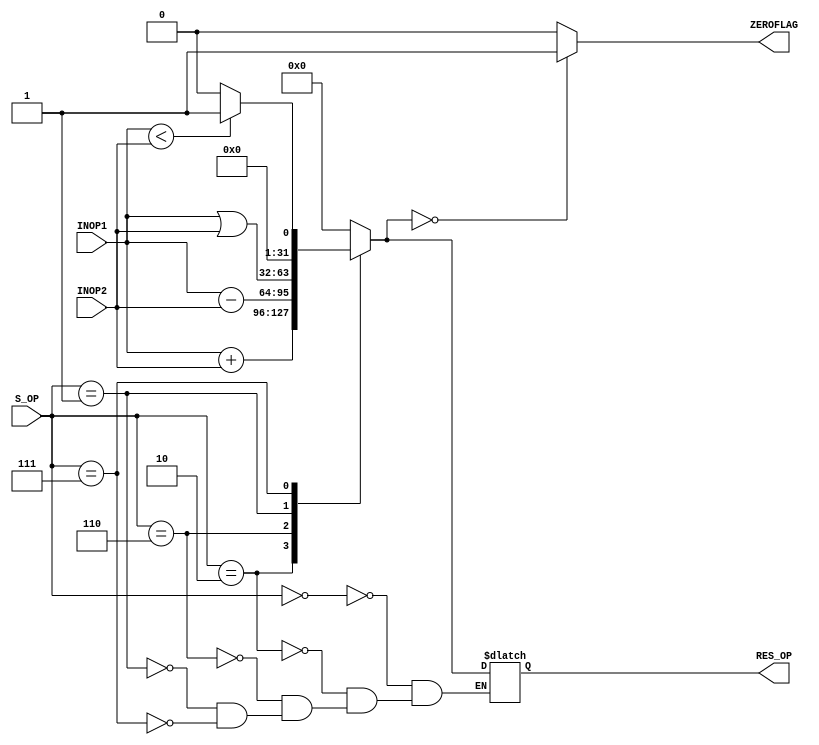
`timescale 1ns/1ns

module ALU (
	input [31:0]INOP1,
	input [31:0]INOP2,
	input [2:0]S_OP,
	output reg [31:0]RES_OP,
	output reg ZEROFLAG
);
always @*
begin
	case (S_OP)
		//NOp
		3'b000:
		begin
			RES_OP = 32'd0;
		end
		//add
		3'b010:
		begin
			RES_OP = INOP1 + INOP2;
		end
		//sub
		3'b110:
		begin
			RES_OP = INOP1 - INOP2;
		end
		/*8'b00100000:
		begin
			RES_OP = INOP1 * INOP2;
		end
		8'b00010000:
		begin
			RES_OP = INOP1/INOP2;
		end*/
		//and
		3'b000:
		begin
			RES_OP = INOP1 & INOP2;
		end
		//or
		3'b001:
		begin
			RES_OP = INOP1 | INOP2;
		end
		//SLT
		3'b111:
		begin
			RES_OP <= (INOP1<INOP2) ? 1:0;
			ZEROFLAG <= (RES_OP)?0:1;
		end
	endcase
	if (RES_OP == 32'd0)begin
		ZEROFLAG = 1;
	end
	else begin
		ZEROFLAG = 0;
	end
end

endmodule